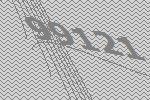
99121